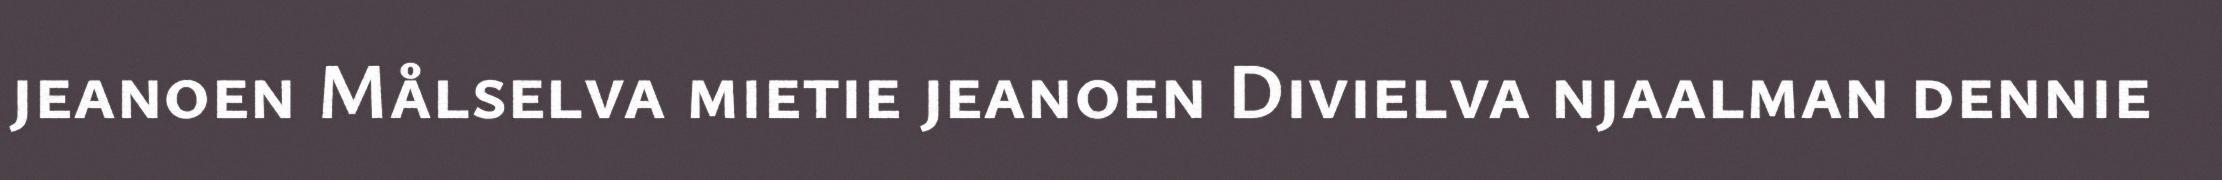
jeanoen Målselva mietie jeanoen Divielva njaalman dennie